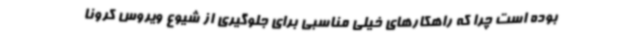
بوده است چرا که راهکارهای خیلی مناسبی برای جلوگیری از شیوع ویروس کرونا